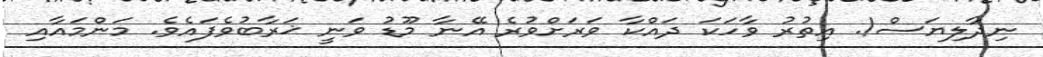
ނިދާލިޔަސް!. އިތުރު ވާހަކަ ދައްކާ ވަރަށްވުރެ އޭނާ މޫޑު ވަނީ ޚަރާބުވެފައެވެ. މަންމައާއި